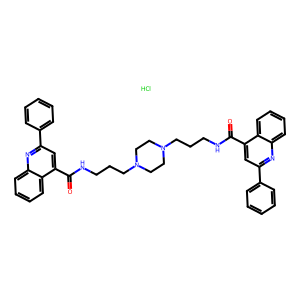
SMILES: Cl.O=C(NCCCN1CCN(CCCNC(=O)c2cc(-c3ccccc3)nc3ccccc23)CC1)c1cc(-c2ccccc2)nc2ccccc12
Inhibits HIV replication: No